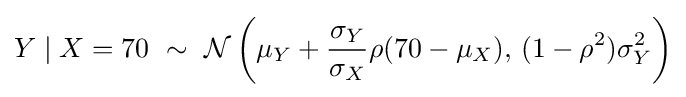
Y\mid X=70\ \sim \ {\mathcal {N}}\left(\mu _{Y}+{\frac {\sigma _{Y}}{\sigma _{X}}}\rho (70-\mu _{X}),\,(1-\rho ^{2})\sigma _{Y}^{2}\right)